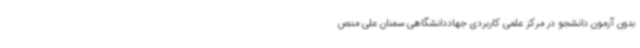
بدون آزمون دانشجو در مرکز علمی کاربردی جهاددانشگاهی سمنان علی منص